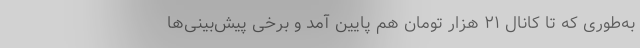
به‌طوری که تا کانال ۲۱ هزار تومان هم پایین آمد و برخی پیش‌بینی‌ها